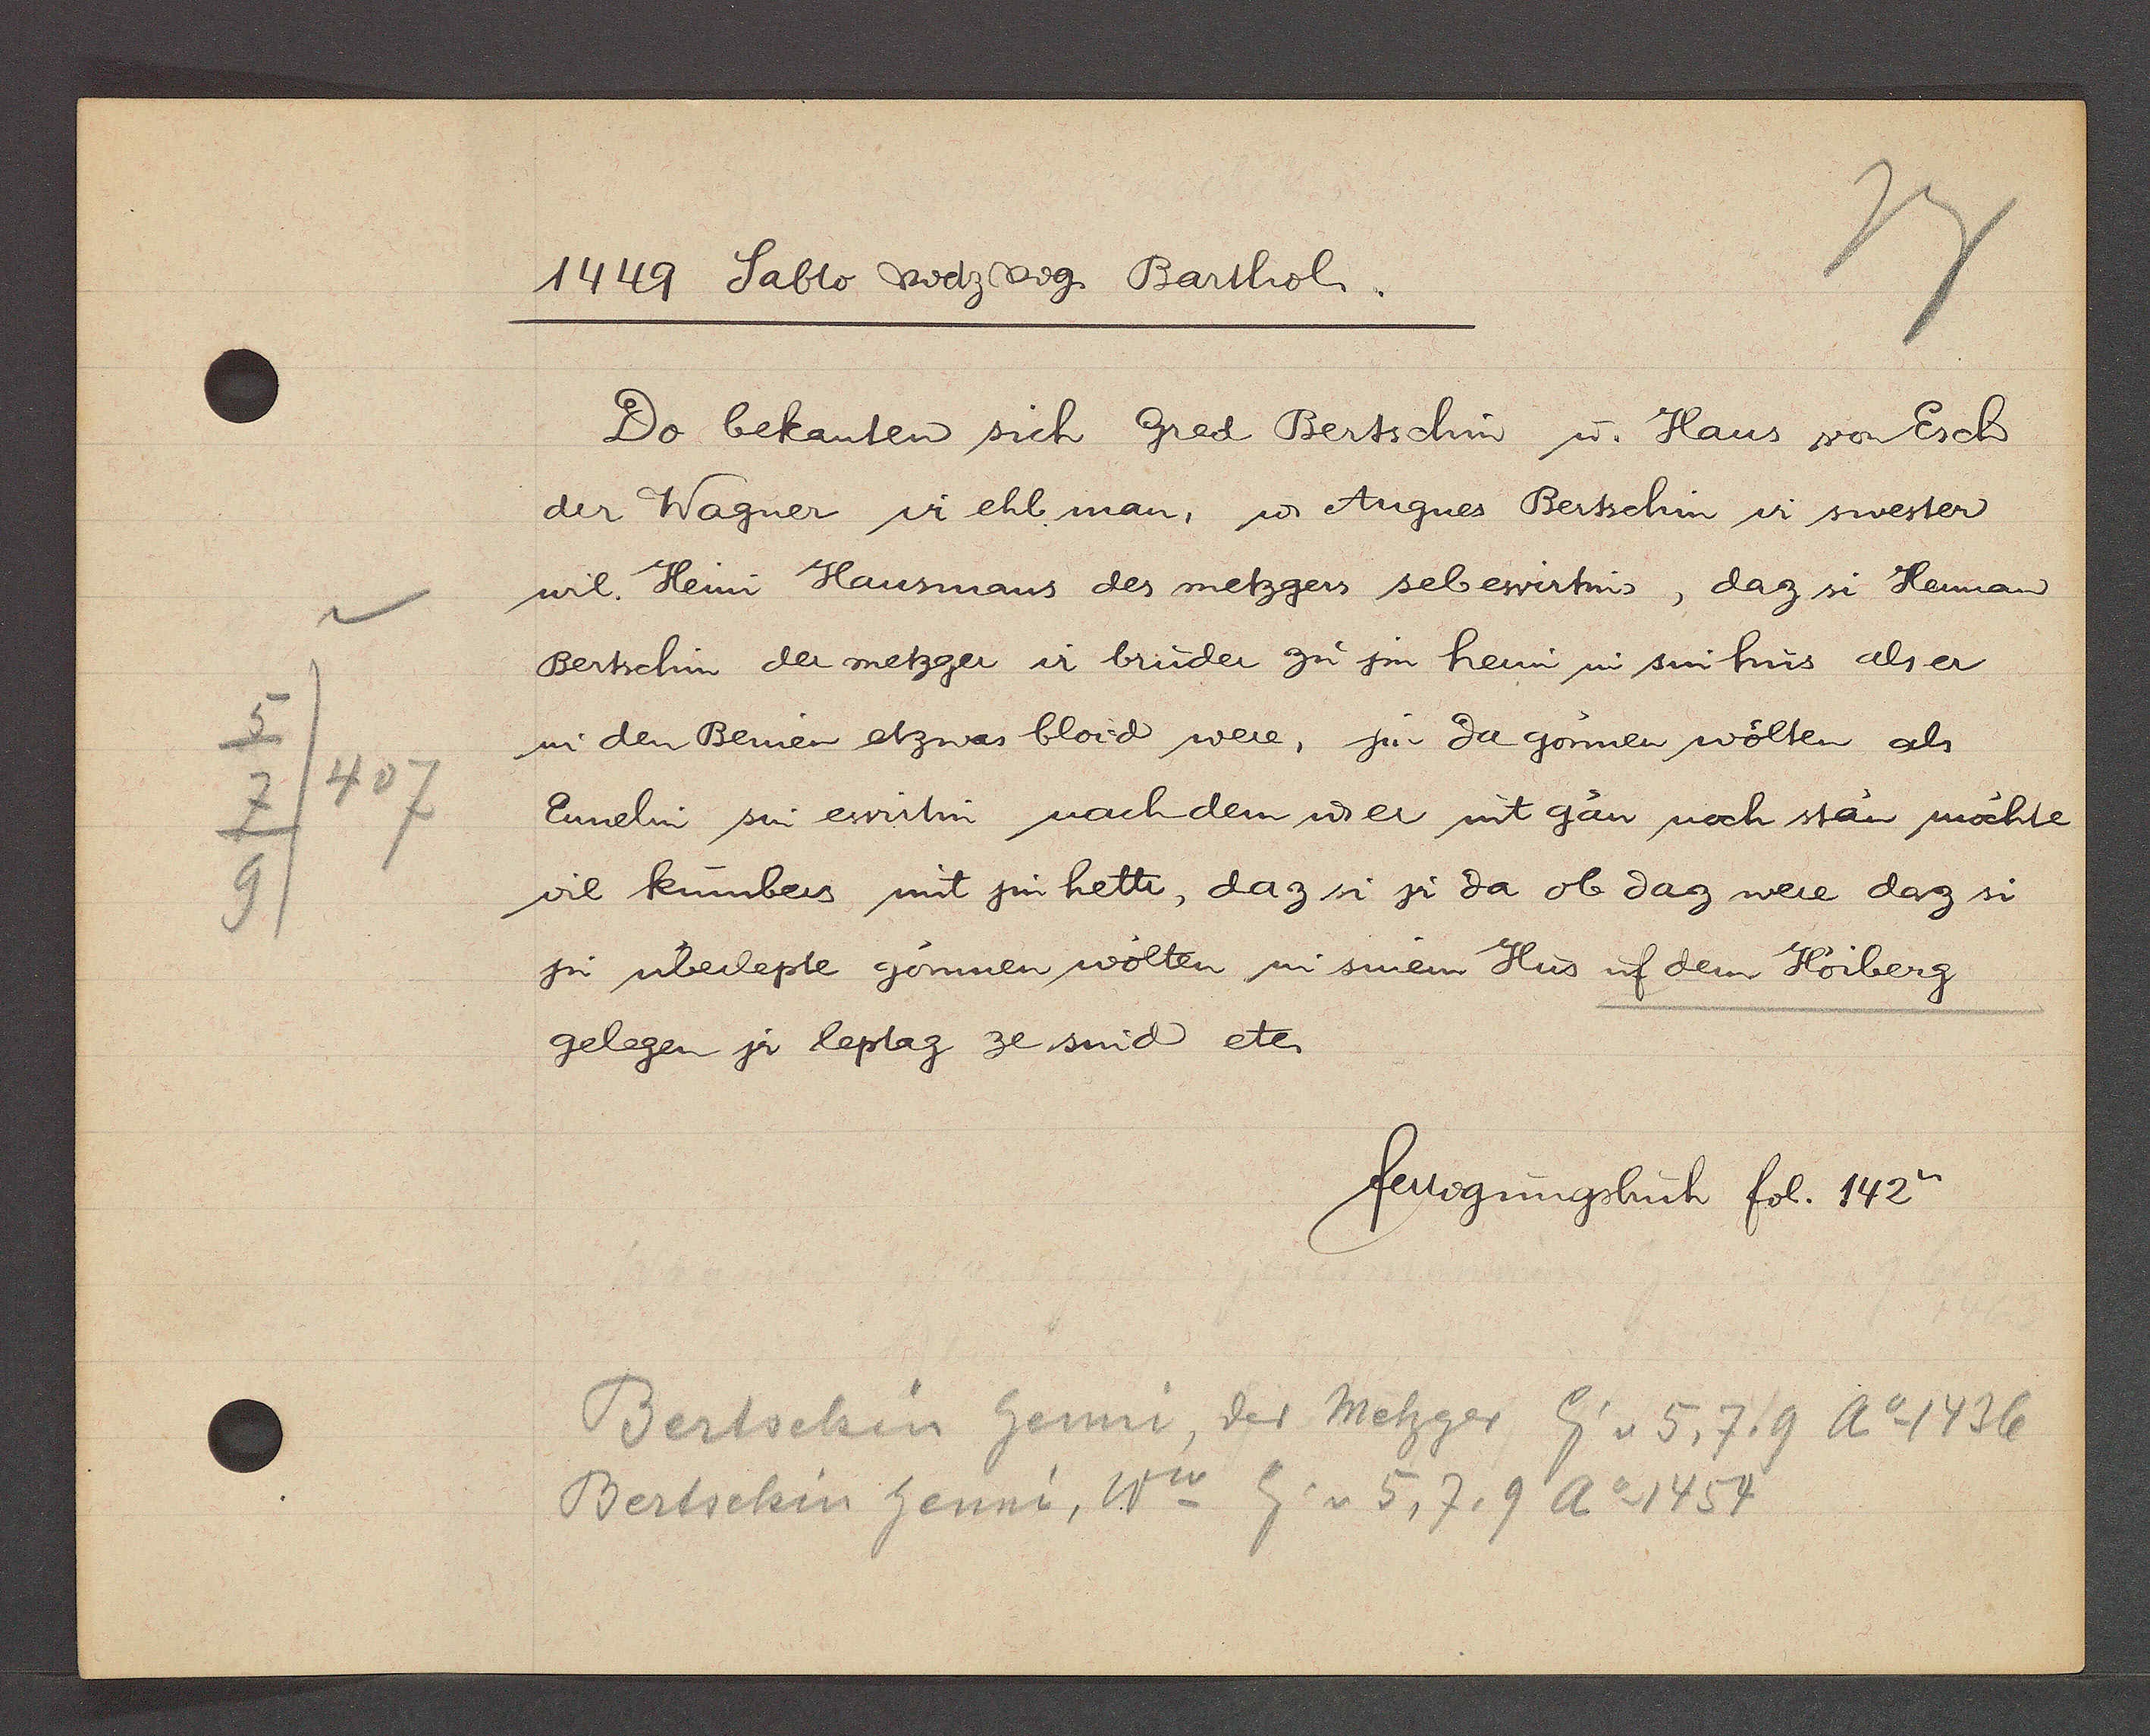
Transcript:
5
407
7
9

1449 Sabto Cvdz vg. Barthol.

Do bekanten sich Gred Bertschin u Hans von Esch
der Wagner ir ehl man, u Angnes Bertschin ir swester
wil. Heini Hausmaus des metzgers sel ewirtin, daz si Heman
Bertschin der metzger ir bruder zu sin herin in sin hus als er
in den Bemen etzwas bloid were, jn da goumen wolten als
Ennelin sin ewirtin nach dem u er mit gan noch stan möchte
vil kumbers mit jm hetti, daz si jr da ob daz weie daz si
jm uberlepte gonnen wolten in sinem Hus uf dem Hoiberg
gelegen jr leptag ze sind etc.

fertigungsbuch fol. 142v.

Bertschin Genni, der Metzger Eig v. 5. 7, 9 Ao 1436
Bertschin henni, Ww Eig. v. 5, 7, 9 Ao 1454